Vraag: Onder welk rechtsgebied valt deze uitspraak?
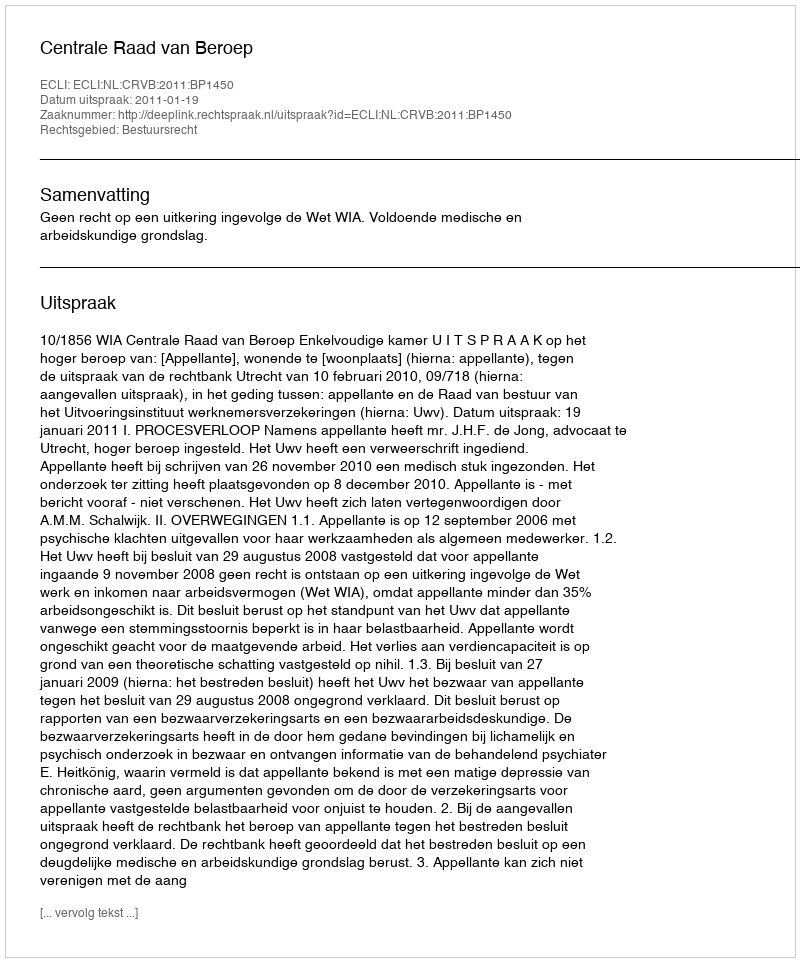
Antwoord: Bestuursrecht